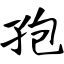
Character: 孢